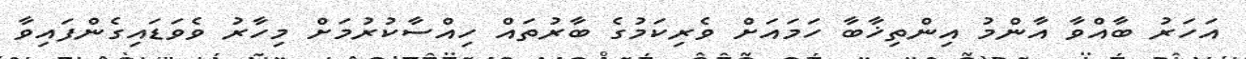
އަހަރު ބާއްވާ އާންމު އިންތިޚާބާ ހަމައަށް ވެރިކަމުގެ ބާރުތައް ހިއްސާކުރުމަށް މިހާރު ވެވަޑައިގެންފައިވާ